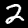
Digit: 2